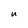
Character: U